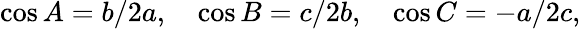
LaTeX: \cos A=b/2a,\quad\cos B=c/2b,\quad\cos C=-a/2c,